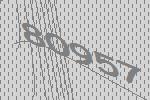
80957